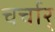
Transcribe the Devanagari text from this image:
चर्चार्